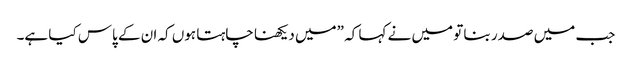
جب میں صدر بنا تو میں نے کہا کہ ”میں دیکھنا چاہتا ہوں کہ ان کے پاس کیا ہے۔